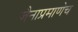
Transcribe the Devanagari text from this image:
जैनाप्रमाणेच